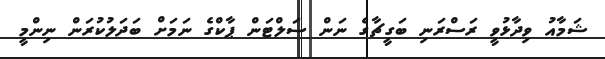
ޝަމާއު ވިދާޅުވީ ރަސްރަނި ބަގީޗާގެ ނަން ސަލްޓަން ޕާކްގެ ނަމަށް ބަދަލުކުރަން ނިންމީ